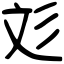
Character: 彣